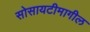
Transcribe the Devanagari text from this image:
सोसायटीमागील